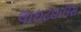
લાઇટહાઉસ